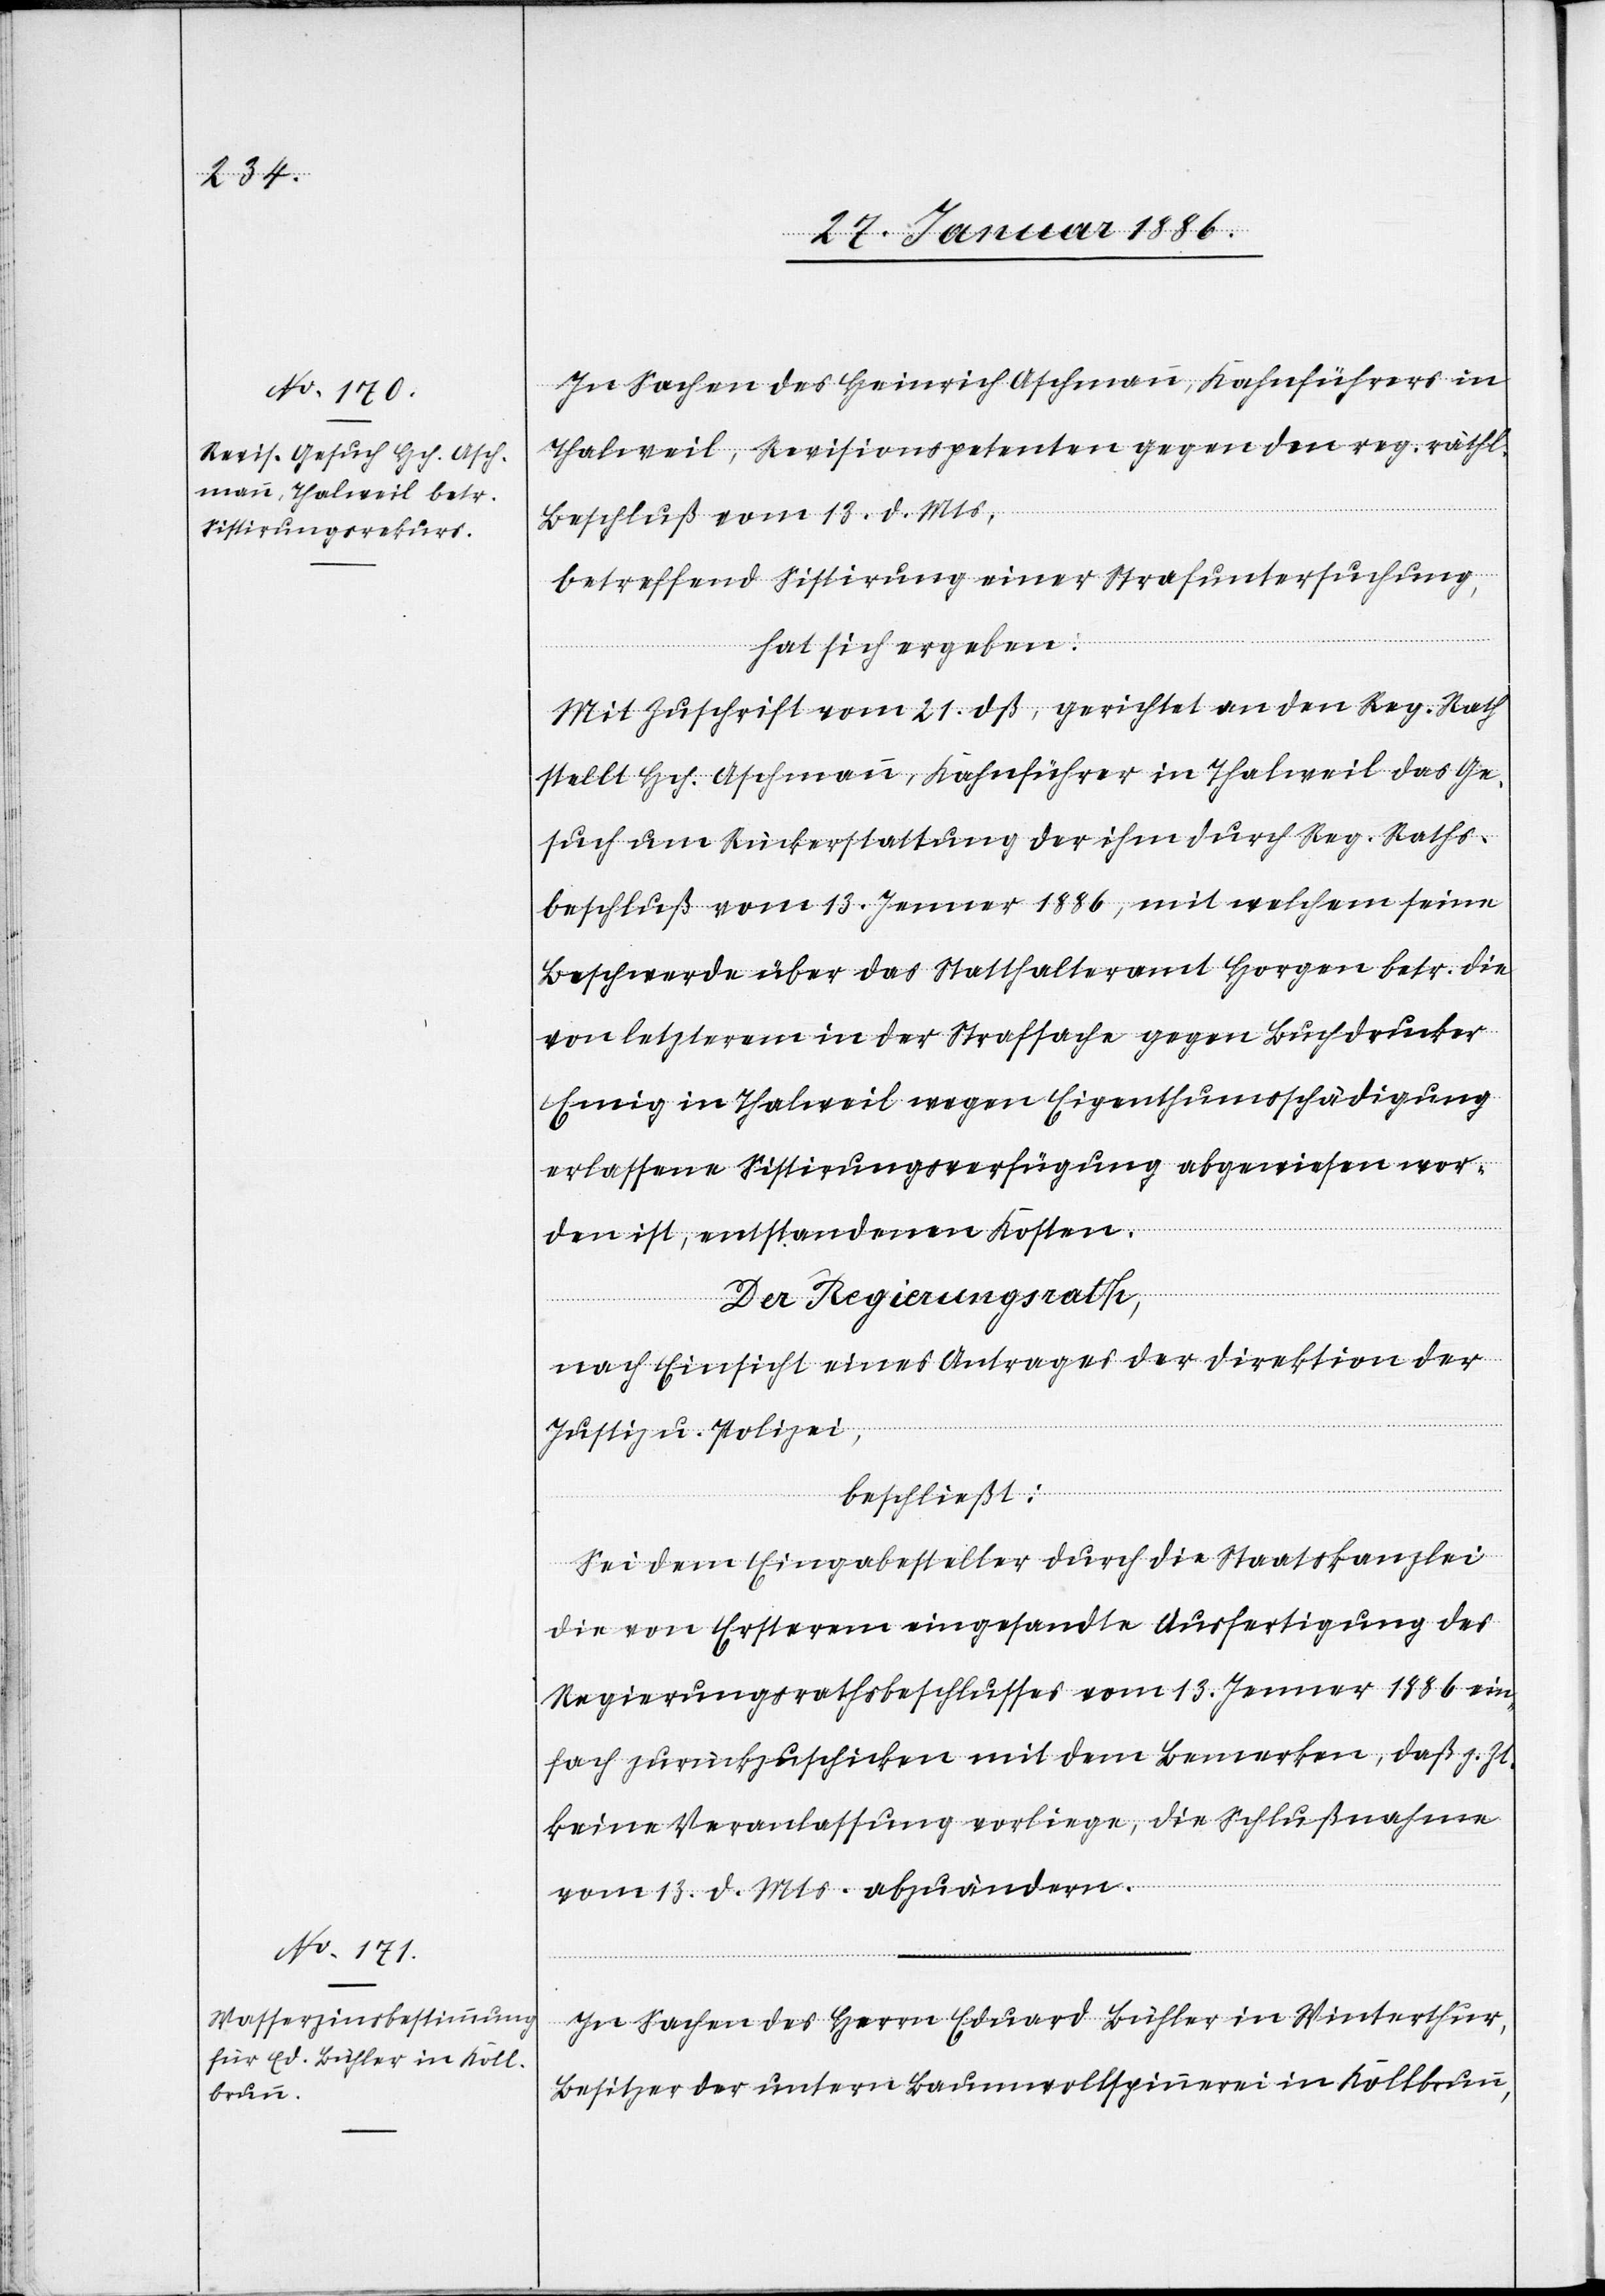
In Sachen des Heinrich Aschmann, Kahnführer in
Thalweil, Revisionspetenten gegen den reg. räthl.
Beschluß vom 13. d. Mts.,
betreffend Sistierung einer Strafuntersuchung,
hat sich ergeben:
Mit Zuschrift vom 21. dß. gerichtet an den Reg. Rath
stellt Hch. Aschmann, Kahnführer in Thalweil das Ge¬
such um Rückerstattung der ihm durch Reg. Raths¬
beschluß vom 12. Januar 1886, mit welchem seine
Beschwerde über das Statthalteramt Horgen betr. die
von letzterem in der Strafsache gegen Buchdrucker
Emig in Thalweil wegen Eigenthumsschädigung
erlassene Sistierungsverfügung abgewiesen wor¬
den ist, entstandenen Kosten.
Der Regierungsrath,
nach Einsicht eines Antrages der Direktion der
Justiz u. Polizei,
beschließt:
Sei dem Eingabesteller durch die Staatskanzlei
die von Erstern eingesandte Ausfertigung des
Regierungsrathsbeschlusses vom 13. Januar 1886 ein¬
fach zurückzuschicken mit dem Bemerken, daß z. Zt.
keine Veranlassung vorliege, die Schlußnahme
vom 13. d. Mts. abzuändern.
In Sachen des Herrn Eduard Bühler in Winterthur,
Besitzer der untern Baumwollspinnerei in Kohlbrunn,